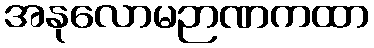
အနုလောမဉာဏကထာ